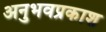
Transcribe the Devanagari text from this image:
अनुभवप्रकाश